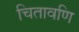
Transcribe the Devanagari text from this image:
चितावणि